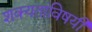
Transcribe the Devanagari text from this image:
शक्यतांविषयी